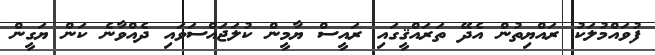
ފުވައްމުލަކު ރައްޔިތުން އެދޭ ތަރައްޤީގައި ރައީސް ޔާމީން ކުލަޖައްސަވައި ދެއްވާނެ ކަން ޔަގީން